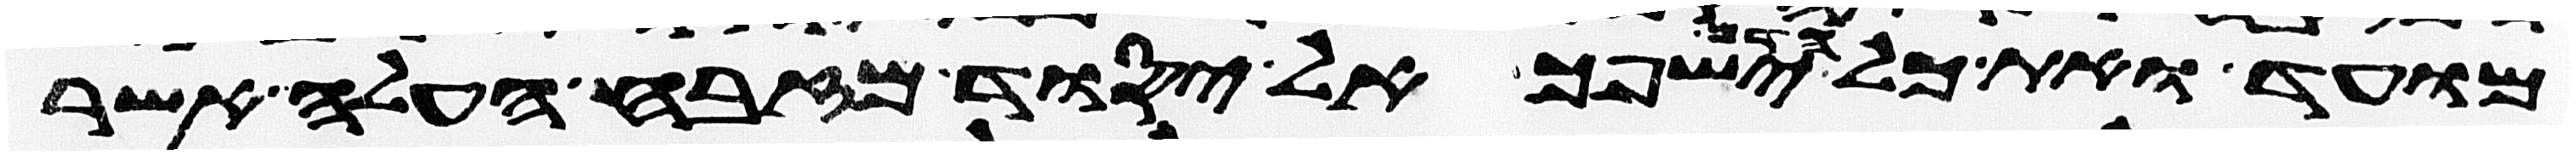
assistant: מועד ואת כל הדם ישפך אל יסוד מזבח העלה אשר